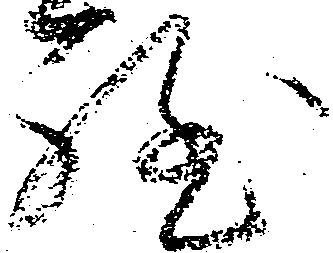
程